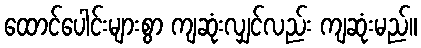
ထောင်ပေါင်းများစွာ ကျဆုံးလျှင်လည်း ကျဆုံးမည်။